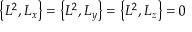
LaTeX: \left\{ L ^ { 2 } , L _ { x } \right\} = \left\{ L ^ { 2 } , L _ { y } \right\} = \left\{ L ^ { 2 } , L _ { z } \right\} = 0